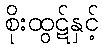
စိုးထွဋ်နှင့်